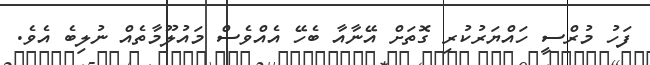
ފަހު މުރްސީ ހައްޔަރުކުރި ގޮތަށް އޭނާއާ ބެހޭ އެއްވެސް މައުލޫމާތެއް ނުލިބެ އެވެ.